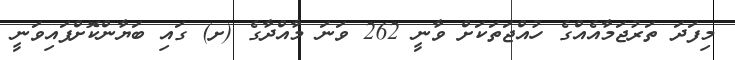
މިފަދަ ތަރުޖަމާއެއްގެ ހުއްޖަތަކަށް ވާނީ 262 ވަނަ މާއްދާގެ (ށ) ގައި ބަޔާންކޮށްފައިވަނީ